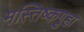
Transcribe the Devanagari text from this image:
मस्तिष्कगुहा